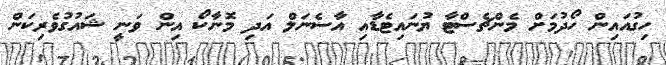
ހިގުއައިން ހޯދުމަށް މެންޗެސްޓާ ޔުނައިޓެޑާއި އާސެނަލް އަދި މޮނާކޯ އިން ވަނީ ޝައުގުވެރިކަން